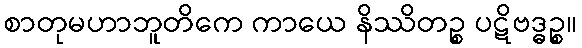
စာတုမဟာဘူတိကေ ကာယေ နိဿိတဉ္စ ပဋိဗဒ္ဓဉ္စ။